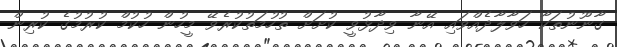
ގާނޫނުތަކާ ހަވާލާދެއްވައި އޭނާ ވިދާޅުވީ ކުށަށް ތުހުމަތުކުރެވޭ މީހުން ހުކުމް ކުރުމުގެ ކުރިން